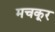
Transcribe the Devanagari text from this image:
मचकूर